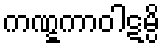
ကဏ္ဋကာဝါဋမ္ပိ